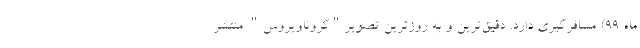
ماه ۹۹) مسافرگیری دارد. دقیق‌ترین و به روزترین تصویر"کروناویروس" منتشر